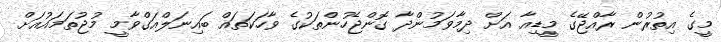
މީގެ އިތުރުން ރާއްޖޭގެ މީޑިއާ އަށް ދިމާވަމުންދާ ގޮންޖެހުންތަކުގެ ވާހަކަތައް ބައިނަލްއަގްވާމީ މުޖުތަމައުއަށް